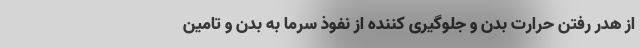
از هدر رفتن حرارت بدن و جلوگیری کننده از نفوذ سرما به بدن و تامین